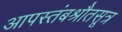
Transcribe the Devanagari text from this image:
आपस्तंबश्रौतसूत्र